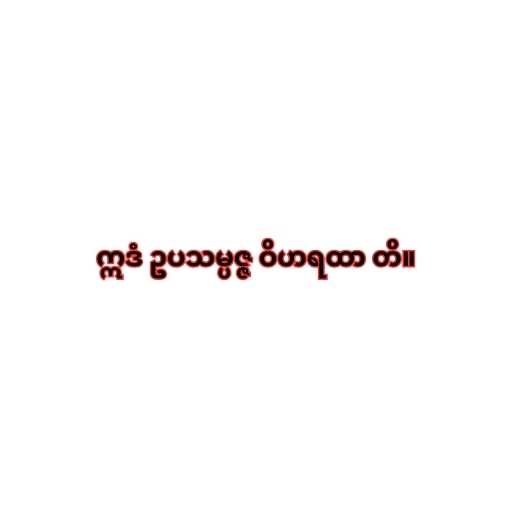
ဣဒံ ဥပသမ္ပဇ္ဇ ဝိဟရထာ တိ။